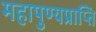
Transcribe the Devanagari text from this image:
महापुण्यप्राप्ति